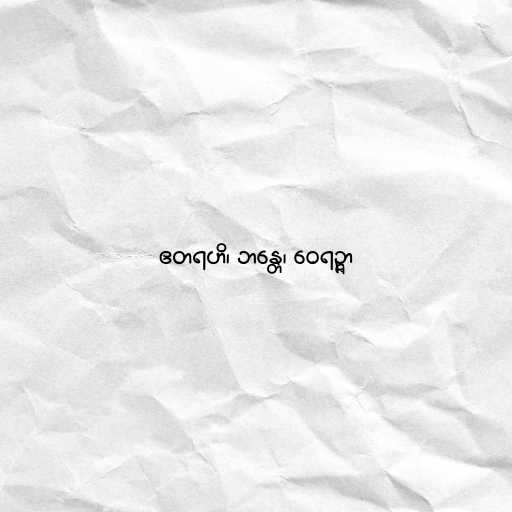
ဧတရဟိ၊ ဘန္တေ၊ ဝေရဉ္ဇာ